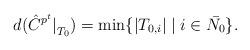
LaTeX: \begin{align*} d({{\hat{C}}^{p^t}|}_{T_0})=\min\{|T_{0,i}| \mid i\in \bar{N_{0}} \}.\end{align*}